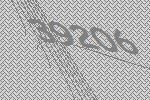
39206